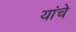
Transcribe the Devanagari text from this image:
यांचेेेे